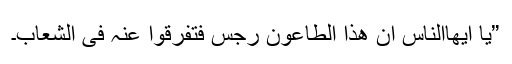
”یا ایھاالناس ان ھذا الطاعون رجس فتفرقوا عنہ فی الشعاب۔